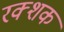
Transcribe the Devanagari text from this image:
रक्शक